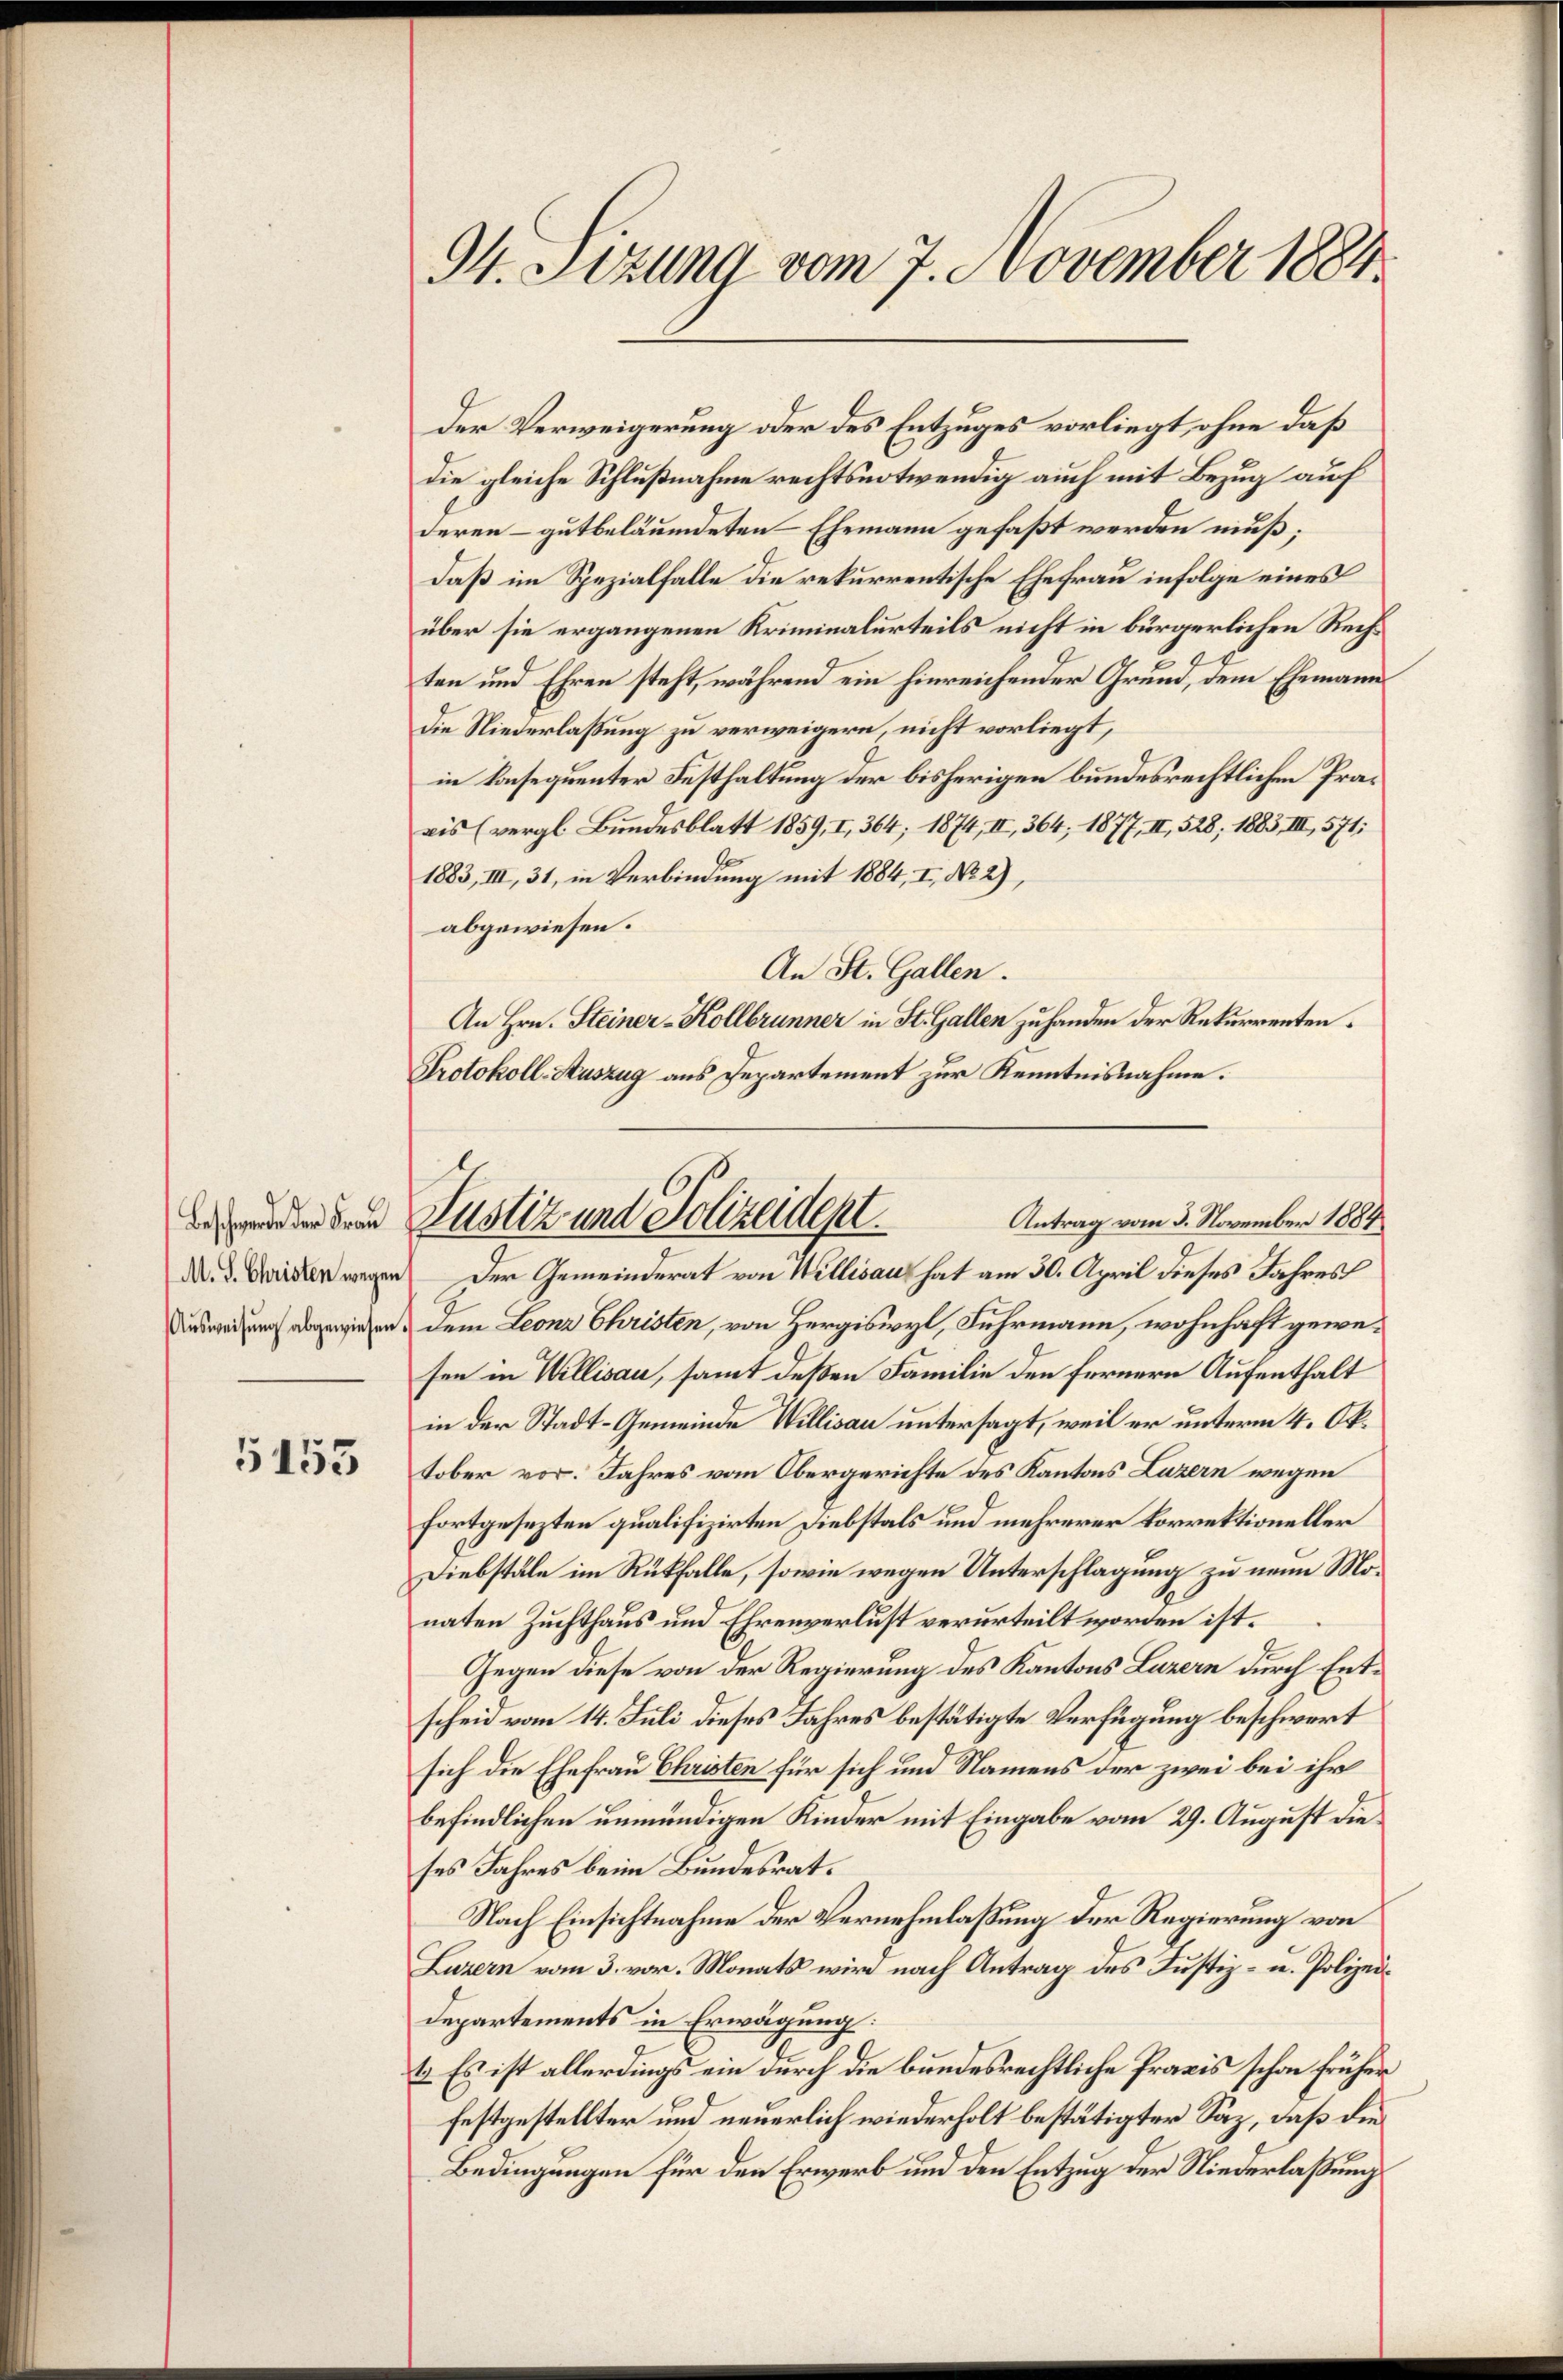
Beschwerde der Frau

5155

94. Sizung vom 7. November 1884.

die gleiche Schlußnahme rechtsnotwendig auch mit Bezug auf
deren – gutbeläumdeten Ehemann gefaßt werden muß;
daß im Spezialfalle die rekurrentische Ehefrau infolge eines
über sie ergangenen Kriminalurteils nicht in bürgerlichen Rechten und Ehren steht, während ein hinreichender Grund, dem Ehemann
Die Niederlaßung zu verweigern, nicht vorliegt,
in konsequenter Festhaltung der bisherigen bundesrechtlichen Provis (vergl. Bundesblatt 1859, I, 364; 1874, II, 364; 1877, II, 528, 1883, III, 571;
1883, III, 31, in Verbindung mit 1884, I, No 2),
abgewiesen.
An St. Gallen.
An Hrn. Steiner-Kollbrunner in St. Gallen zu handen der Rekurrenten¬
Protokoll-Auszug aus Departement zur Kenntnisnahme.

Ausweisung abgewiesen, dem Leonz Christen, von Hergiswyl, Fuhrmann, wohnhaft gewesen in Willisau, samt deßen Familie den fernern Aufenthalt
in der Stadt-Gemeinde Willisau untersagt, weil er unterm 4. Oktober vor. Jahres vom Obergerichte des Kantons Luzern wegen
fortgesezten qualifizirten Diebstals und mehrerer korrektioneller
Diebstäle im Rückfalle, sowie wegen Unterschlagung zu neun Monaten Zuchthaus und Ehrenverlust verurteilt worden ist.
Gegen diese von der Regierung des Kantons Luzern durch Entscheid vom 14. Juli dieses Jahres bestätigte Verfügung beschwort
sich die Ehefrau Christen für sich und Namens der zwei bei ihr
befindlichen unmündigen Kinder mit Eingabe vom 29. August die
ses Jahres beim Bundesrat.
Nach Einsichtnahme der Vernehmlassung der Regierung von
Luzern vom 3. vor. Monats wird nach Antrag des Justiz- u. Polizei¬
Departements in Erwägung:
1. Es ist allerdings ein durch die bundesrechtliche Praxis schon früher
festgestellter und neuerlich wiederholt bestätigter Säz, daß die
Bedingungen für den Erwerb und den Entzug der Niederlaßung

Der Verweigerung oder des Entzuges vorliegt, ohne daß

Justiz und Polizeident.
Antrag vom 3. November 1884
N. 3. Seiden wegen der Gemeinderat von Willisau hat am 30. April dieses Jahres